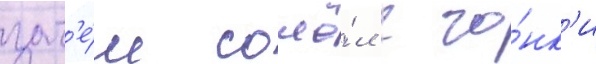
зат'е́м сошё́л с го́нк'и